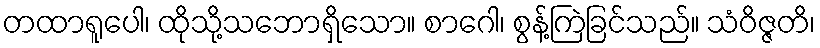
တထာရူပေါ၊ ထိုသို့သဘောရှိသော။ စာဂေါ၊ စွန့်ကြဲခြင်သည်။ သံဝိဇ္ဇတိ၊